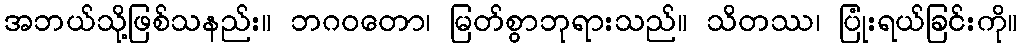
အဘယ်သို့ဖြစ်သနည်း။ ဘဂဝတော၊ မြတ်စွာဘုရားသည်။ သိတဿ၊ ပြုံးရယ်ခြင်းကို။